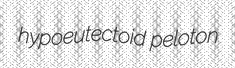
hypoeutectoid peloton